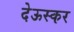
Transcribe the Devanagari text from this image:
देऊस्कर